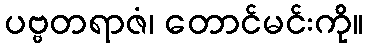
ပဗ္ဗတရာဇံ၊ တောင်မင်းကို။